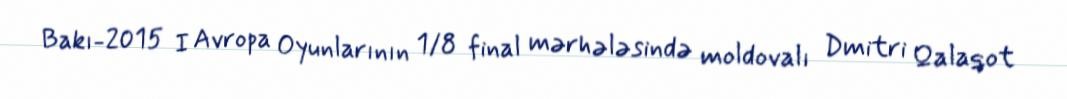
Bakı-2015 I Avropa Oyunlarının 1/8 final mərhələsində moldovalı Dmitri Qalaqot